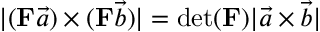
| ( \mathbf { F } \vec { a } ) \times ( \mathbf { F } \vec { b } ) | = \operatorname* { d e t } ( \mathbf { F } ) | \vec { a } \times \vec { b } |